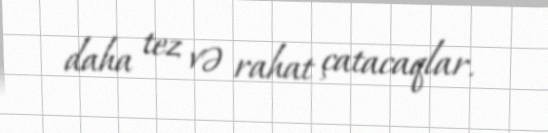
daha tez və rahat çatacaqlar.